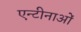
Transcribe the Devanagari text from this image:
एन्टीनाओं